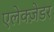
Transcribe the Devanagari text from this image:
एलेक्ज़ेडर